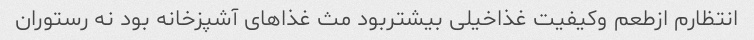
انتظارم ازطعم وکیفیت غذاخیلی بیشتربود مث غذاهای آشپزخانه بود نه رستوران